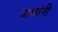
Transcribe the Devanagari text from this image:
सभांनी